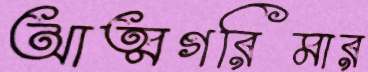
আত্মগরিমার